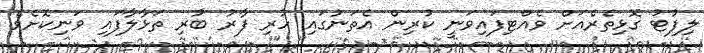
ލިފުޓު ގޮޅިތެރެއަށް ވެއްޓިފައިވަނީ ކުރިން އެތަނުގައި ހުރި ފާރު ބުރި ތަޅާލާފައި ވަނިކޮށެވެ.